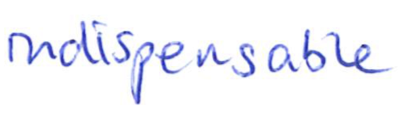
Text: indispensable
Cross-out: clean
Writing tool: ballpoint